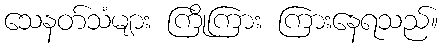
သေနတ်သံများ ကြိုကြား ကြားနေရသည်။